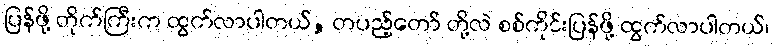
ပြန်ဖို့ တိုက်ကြီးက ထွက်လာပါတယ်, တပည့်တော် တို့လဲ စစ်ကိုင်းပြန်ဖို့ ထွက်လာပါတယ်၊